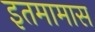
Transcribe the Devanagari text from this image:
इतमामास